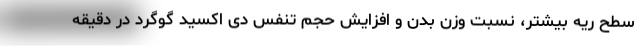
سطح ریه بیشتر، نسبت وزن بدن و افزایش حجم تنفس دی اکسید گوگرد در دقیقه